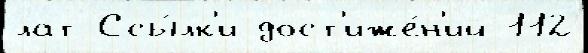
лат Ссы́лк'и дост'иже́н'ий 112